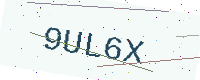
Text: 9UL6X